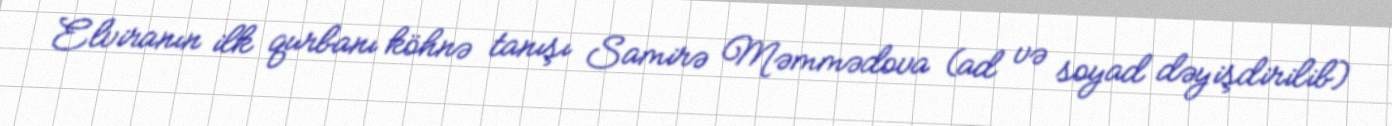
Elviranın ilk qurbanı köhnə tanışı Samirə Məmmədova (ad və soyad dəyişdirilib)